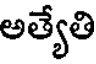
అత్యేతి